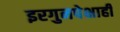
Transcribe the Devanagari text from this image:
इरगुनपेक्षाही